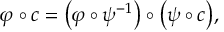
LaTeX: \varphi \circ c = { \big ( } \varphi \circ \psi ^ { - 1 } { \big ) } \circ { \big ( } \psi \circ c { \big ) } ,